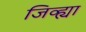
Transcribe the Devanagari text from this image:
जिव्ह्या